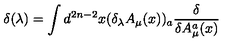
\delta ( \lambda ) = \int d ^ { 2 n - 2 } x ( \delta _ { \lambda } A _ { \mu } ( x ) ) _ { a } \frac { \delta } { \delta A _ { \mu } ^ { a } ( x ) }